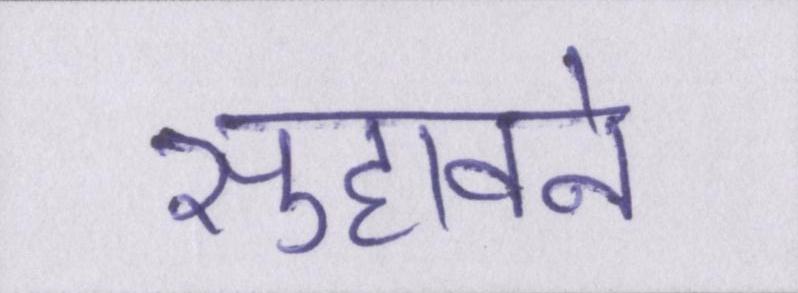
सुहावने